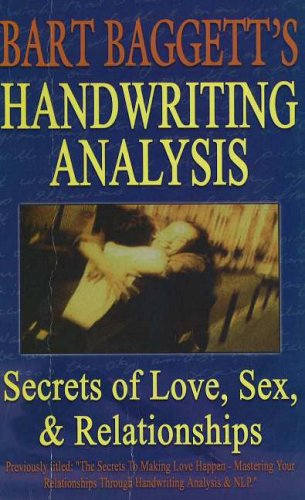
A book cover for Handwriting Analysis: Secrets of Love, Sex and Relationships; Bart Baggett; Self-Help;